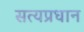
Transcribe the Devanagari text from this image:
सत्यप्रधान